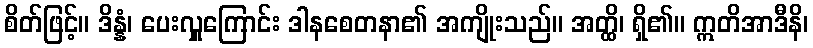
စိတ်ဖြင့်။ ဒိန္နံ၊ ပေးလှူကြောင်း ဒါနစေတနာ၏ အကျိုးသည်။ အတ္ထိ၊ ရှိ၏။ ဣတိအာဒီနိ၊